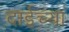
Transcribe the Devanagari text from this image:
दाईच्या